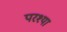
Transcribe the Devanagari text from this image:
परश्‍या